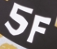
5F